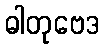
ဓါတုဗေဒ